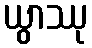
ယွာဿု